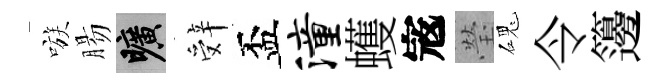
嗾腸曠辤盃潼蠖𡨥瑩磈令籩